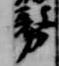
務